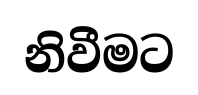
නිවීමට